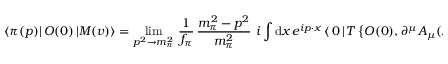
\langle \pi ( p ) | \, O ( 0 ) \, | M ( v ) \rangle = \operatorname * { l i m } _ { p ^ { 2 } \to m _ { \pi } ^ { 2 } } \, { \frac { 1 } { f _ { \pi } } } \, { \frac { m _ { \pi } ^ { 2 } - p ^ { 2 } } { m _ { \pi } ^ { 2 } } } \, \, i \int \mathrm { d } x \, e ^ { i p \cdot x } \, \langle \, 0 \, | \, T \, \big \{ O ( 0 ) , \partial ^ { \mu } A _ { \mu } ( x ) \big \} \, | M ( v ) \rangle \, ,